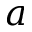
a